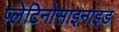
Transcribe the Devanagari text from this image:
प्लेटिनोसाइनाइड